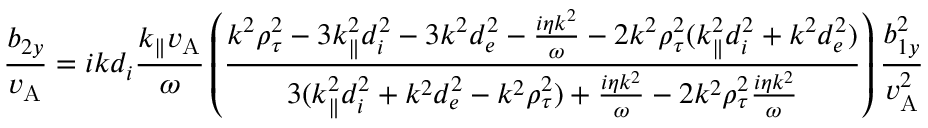
\frac { b _ { 2 y } } { v _ { \mathrm { A } } } = i k d _ { i } \frac { k _ { \parallel } v _ { \mathrm { A } } } { \omega } \left( \frac { k ^ { 2 } \rho _ { \tau } ^ { 2 } - 3 k _ { \parallel } ^ { 2 } d _ { i } ^ { 2 } - 3 k ^ { 2 } d _ { e } ^ { 2 } - \frac { i \eta k ^ { 2 } } { \omega } - 2 k ^ { 2 } \rho _ { \tau } ^ { 2 } ( k _ { \parallel } ^ { 2 } d _ { i } ^ { 2 } + k ^ { 2 } d _ { e } ^ { 2 } ) } { 3 ( k _ { \parallel } ^ { 2 } d _ { i } ^ { 2 } + k ^ { 2 } d _ { e } ^ { 2 } - k ^ { 2 } \rho _ { \tau } ^ { 2 } ) + \frac { i \eta k ^ { 2 } } { \omega } - 2 k ^ { 2 } \rho _ { \tau } ^ { 2 } \frac { i \eta k ^ { 2 } } { \omega } } \right) \frac { b _ { 1 y } ^ { 2 } } { v _ { \mathrm { A } } ^ { 2 } }